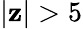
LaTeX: |\mathbf{z}|>5